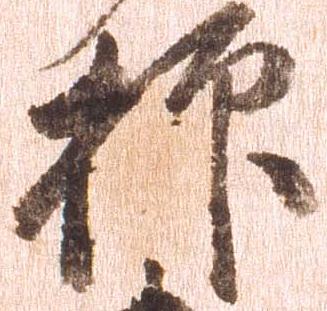
抑